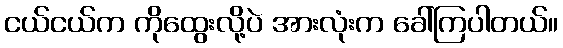
ငယ်ငယ်က ကိုထွေးလို့ပဲ အားလုံးက ခေါ်ကြပါတယ်။